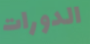
الدورات